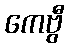
ကေဗွီ